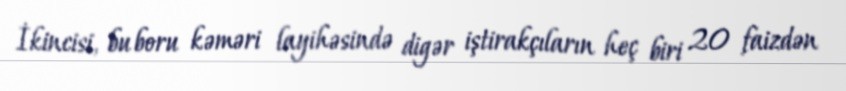
İkincisi, bu boru kəməri layihəsində digər iştirakçıların heç biri 20 faizdən